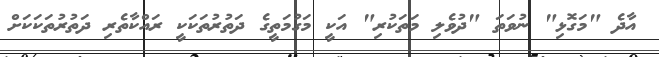
އާދެ "މަގޮޅި" ނުވަތަ "ދުވެލި މަތަކުރި" އަކީ މަގުމަތީގެ ދަތުރުތަކަކީ ރައްކާތެރި ދަތުރުތަކަކަށް